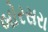
બોરસરા